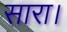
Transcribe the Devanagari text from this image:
सारा।